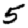
Digit: 5